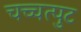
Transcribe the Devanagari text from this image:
चच्चत्पुट